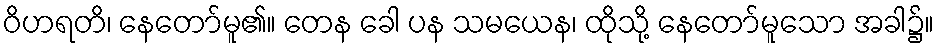
ဝိဟရတိ၊ နေတော်မူ၏။ တေန ခေါ ပန သမယေန၊ ထိုသို့ နေတော်မူသော အခါ၌။